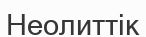
Неолиттік